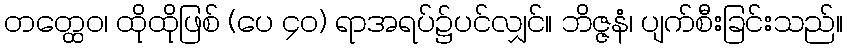
တတ္ထေဝ၊ ထိုထိုဖြစ် (ပေ ၄၀) ရာအရပ်၌ပင်လျှင်။ ဘိဇ္ဇနံ၊ ပျက်စီးခြင်းသည်။